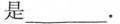
是 ___。